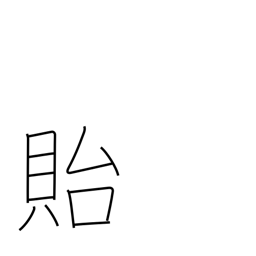
Meaning: leave behind